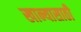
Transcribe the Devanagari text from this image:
खान्यासाठी